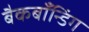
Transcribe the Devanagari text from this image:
बैकबाँन्डिंग